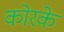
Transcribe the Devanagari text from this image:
कोरके